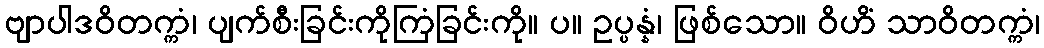
ဗျာပါဒဝိတက္ကံ၊ ပျက်စီးခြင်းကိုကြံခြင်းကို။ ပ။ ဥပ္ပန္နံ၊ ဖြစ်သော။ ဝိဟိံ သာဝိတက္ကံ၊